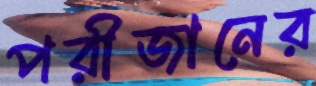
পরীজানের